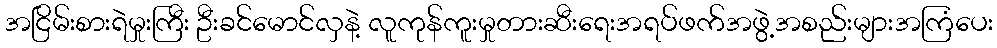
အငြိမ်းစားရဲမှုးကြီး ဦးခင်မောင်လှနဲ့ လူကုန်ကူးမှုတားဆီးရေးအရပ်ဖက်အဖွဲ့အစည်းများအကြံပေး